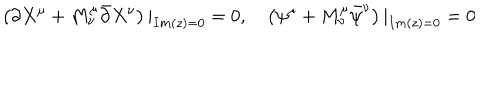
LaTeX: \left( \partial X ^ { \mu } + M _ { \nu } ^ { \mu } \bar { \partial } X ^ { \nu } \right) | _ { I m ( z ) = 0 } = 0 , \quad \left( \psi ^ { \mu } + M _ { \nu } ^ { \mu } \bar { \psi } ^ { \nu } \right) | _ { I m ( z ) = 0 } = 0